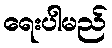
ရေးပါမည်